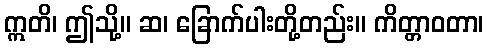
ဣတိ၊ ဤသို့။ ဆ၊ ခြောက်ပါးတို့တည်း။ ကိတ္တာဝတာ၊